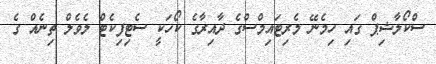
ސްކޯލާޝިޕް ގައި ހިމެނޭ މެރިޓައިމްސްގެ ދާއިރާގެ ކޯހަކީ ސެޓިފިކެޓް ލެވެލް ތިނެއް ގެ